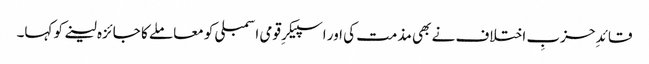
قائدِ حزبِ اختلاف نے بھی مذمت کی اور اسپیکرِ قومی اسمبلی کو معاملے کا جائزہ لینے کو کہا۔